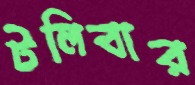
টলিবার